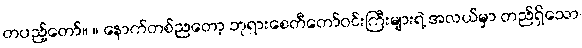
တပည့်တော်။ ။ နောက်တစ်ညတော့ ဘုရားစေတီတော်ဝင်းကြီးများရဲ့ အလယ်မှာ တည်ရှိသော